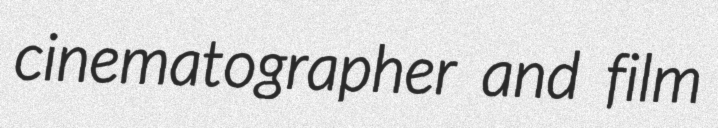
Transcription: cinematographer and film